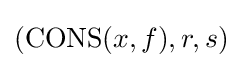
(\operatorname {CONS} (x,f),r,s)